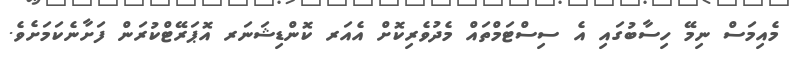
މެއިމަސް ނިމޭ ހިސާބުގައި އެ ސިސްޓަމްތައް މެދުވެރިކޮށް އެއަރ ކޮންޑިޝަނަރ އޮޕަރޭޓްކުރަން ފަށާނެކަމަށެވެ.